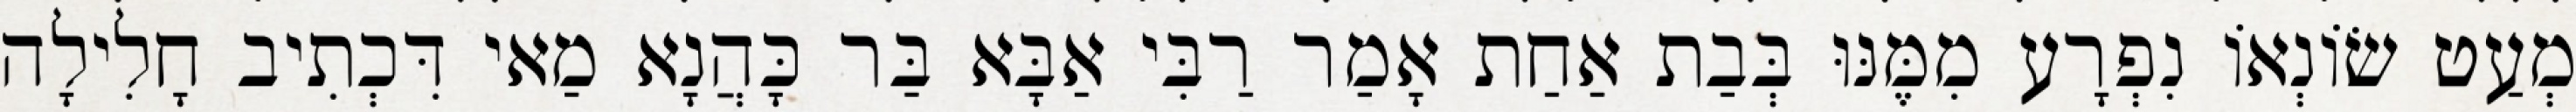
מְעַט שׂוֹנְאוֹ נִפְרָע מִמֶּנּוּ בְּבַת אַחַת אָמַר רַבִּי אַבָּא בַּר כָּהֲנָא מַאי דִּכְתִיב חָלִילָה